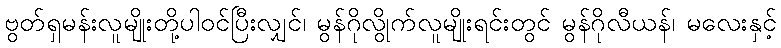
ဗွတ်ရှမန်းလူမျိုးတို့ပါဝင်ပြီးလျှင်၊ မွန်ဂိုလွိုက်လူမျိုးရင်းတွင် မွန်ဂိုလီယန်၊ မလေးနှင့်